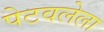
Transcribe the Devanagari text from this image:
पेटवलेला